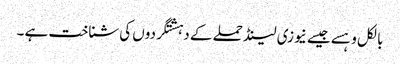
بالکل وہسے جیسے نیوزی لینڈ حملے کے دہشتگردوں کی شناخت ہے ۔